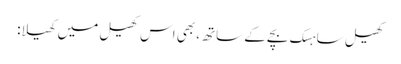
کھیل ساہسک بچے کے ساتھ، بھی اس کھیل میں کھیلا: